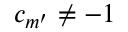
c _ { m ^ { \prime } } \neq - 1